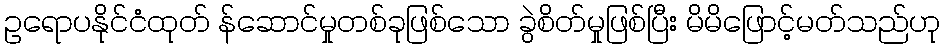
ဥရောပနိုင်ငံထုတ် န်ဆောင်မှုတစ်ခုဖြစ်သော ခွဲစိတ်မှုဖြစ်ပြီး မိမိဖြောင့်မတ်သည်ဟု